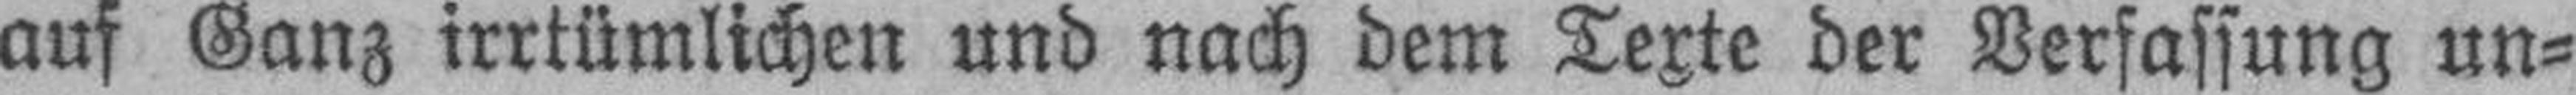
auf Ganz irrtümlichen und nach dem Texte der Verfassung un¬